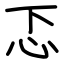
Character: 忑